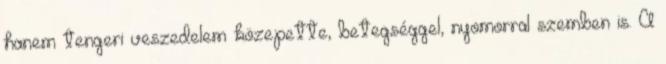
hanem tengeri veszedelem közepette, betegséggel, nyomorral szemben is. A